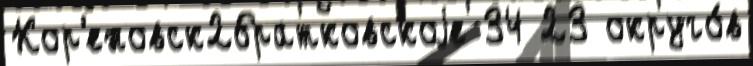
Кор'еновск2братковскоjе 34 23 округо́в